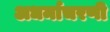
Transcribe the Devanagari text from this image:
अधर्माचरणी